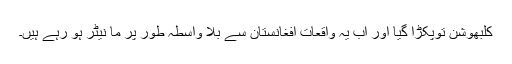
کلبھوشن توپکڑا گیا اور اب یہ واقعات افغانستان سے بلا واسطہ طور پر ما نیٹر ہو رہے ہیں۔